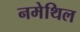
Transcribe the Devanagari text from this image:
नमेथिल